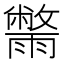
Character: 𮦮